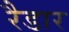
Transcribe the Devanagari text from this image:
रैडार